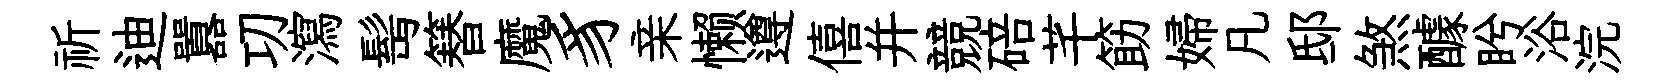
祈迪囂㓛瀉髩簮魔豸亲懒遵僖并競碚芊筯婦凡邸煞醵盻浴浣